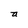
Character: a